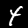
Label: 4